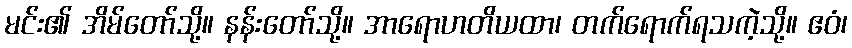
မင်း၏ အိမ်တော်သို့။ နန်းတော်သို့။ အာရောဟတိယထာ၊ တက်ရောက်ရသကဲ့သို့။ ဧဝံ၊